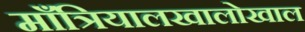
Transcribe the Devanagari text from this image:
माँत्रियालखालोखाल